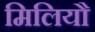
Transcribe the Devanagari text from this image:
मिलियौ